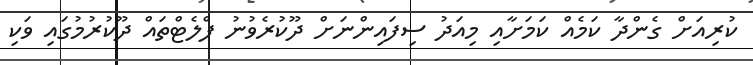
ކުރިއަށް ގެންދާ ކަމެއް ކަމަށާއި މިއަދު ސިފައިންނަށް ދޫކުރެވުނު ފްލެޓްތައް ދޫކުރުމުގައި ވަކި